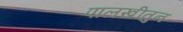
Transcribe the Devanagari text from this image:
पालखीतुन